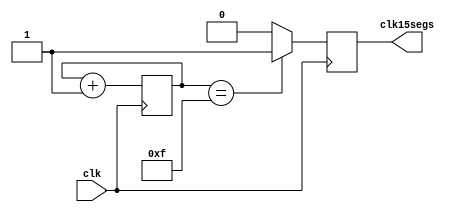
module timeOut (
	input clk,
	output reg clk15segs
	);
	
	reg [4:0] contar;
	
	always @ (posedge clk) begin
		if (clk15segs) begin
			clk15segs <= 0;
		end
		contar <= contar + 1;
		if (contar == 5'd15) begin 	// contar ate 15
			clk15segs <= 1;
		end 
	end 
endmodule